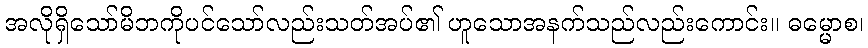
အလိုရှိသော်မိဘကိုပင်သော်လည်းသတ်အပ်၏ ဟူသောအနက်သည်လည်းကောင်း။ ဓမ္မောစ၊